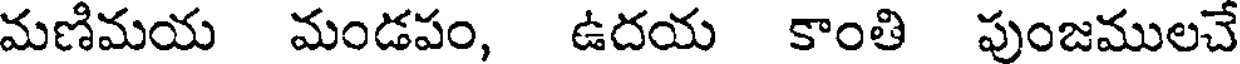
మణిమయ మండపం, ఉదయ కాంతి పుంజములచే